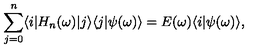
\sum _ { j = 0 } ^ { n } \langle i | H _ { n } ( \omega ) | j \rangle \langle j | \psi ( \omega ) \rangle = E ( \omega ) \langle i | \psi ( \omega ) \rangle ,